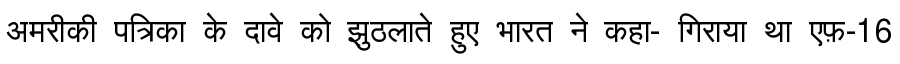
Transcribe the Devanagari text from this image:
अमरीकी पत्रिका के दावे को झुठलाते हुए भारत ने कहा- गिराया था एफ़-16